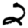
Digit: 2